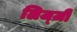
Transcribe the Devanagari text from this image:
लिज्ज़ी